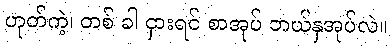
ဟုတ်ကဲ့၊ တစ် ခါ ငှားရင် စာအုပ် ဘယ်နှအုပ်လဲ။